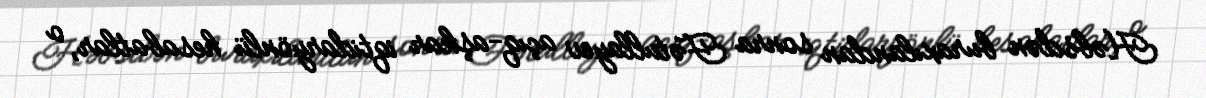
Həbsdən buraxılandan sonra Fətullayev açıq-aşkar iqtidaryönlü hesabatlar, o